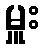
မှူး